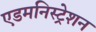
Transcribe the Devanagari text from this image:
एडमनिस्ट्रेशन